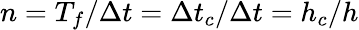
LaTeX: n=T_{f}/\Delta t=\Delta t_{c}/\Delta t=h_{c}/h